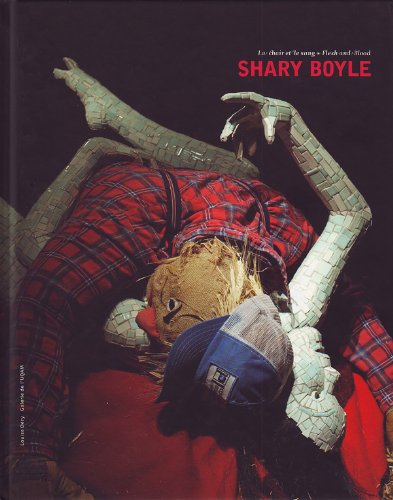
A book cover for Shary Boyle: Flesh and Blood (English and French Edition); Louise Dery; Arts & Photography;